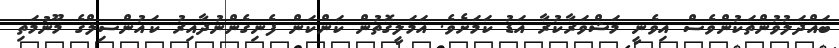
ބައްދަލުވުންތަކުންވެސް އިވެނީ މަޝްވަރާކުރާ އަޑު ކަމަށެވެ. އަމަލީގޮތުން ކަންކަން ފެނިގެންނުދާއިރު ކައުންސިލްގެ މޫނުމަތި